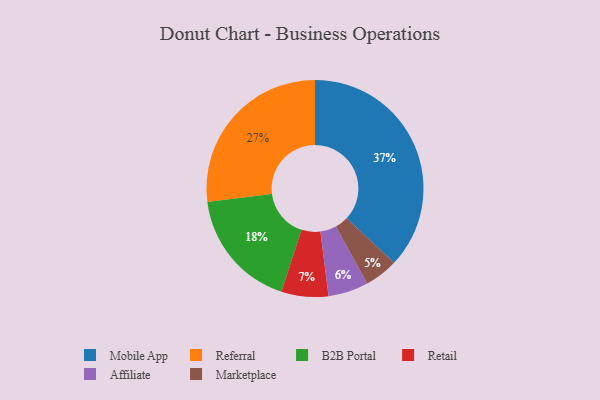
{"axis": {"x": "Category", "y": "Percentage"}, "legend": ["Affiliate", "B2B Portal", "Marketplace", "Mobile App", "Referral", "Retail"], "data": [{"x": "B2B Portal", "y": 18, "type": "B2B Portal"}, {"x": "Marketplace", "y": 5, "type": "Marketplace"}, {"x": "Referral", "y": 27, "type": "Referral"}, {"x": "Retail", "y": 7, "type": "Retail"}, {"x": "Affiliate", "y": 6, "type": "Affiliate"}, {"x": "Mobile App", "y": 37, "type": "Mobile App"}]}